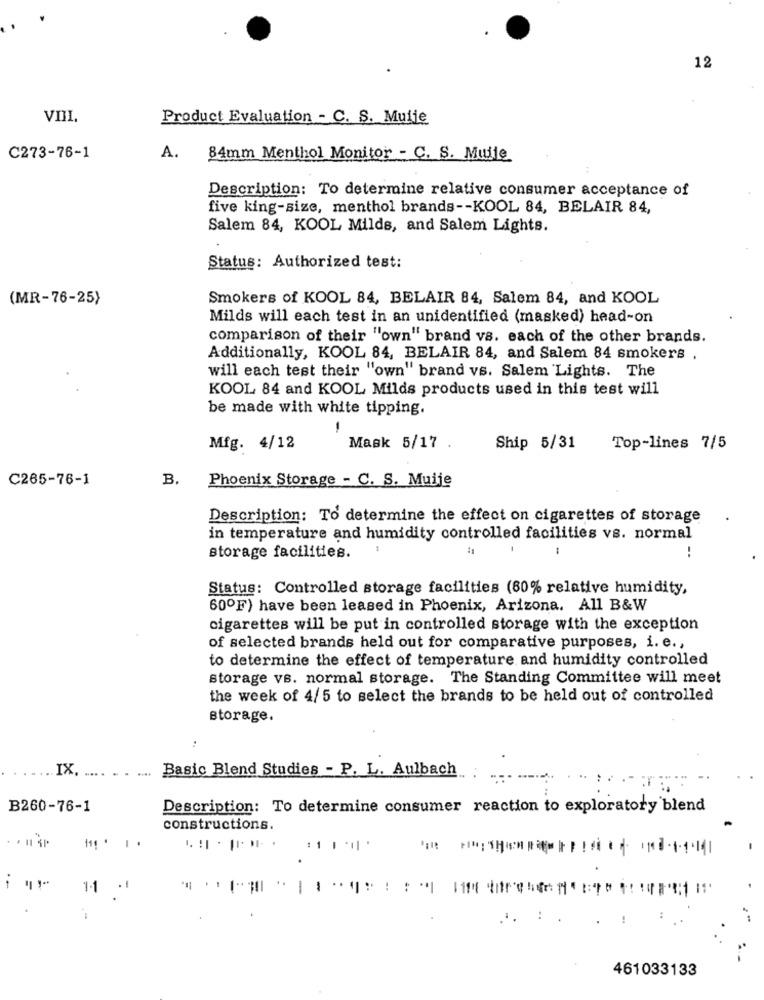
12
VIII.
Product Evaluation - C. S. Muije
C273-76-1
A.
84mm Menthol Monitor - C. S. Mulle
Description: To determine relative consumer acceptance of
five king-size, menthol brands -- KOOL 84, BELAIR 84,
Salem 84, KOOL Milds, and Salem Lights.
Status: Authorized test:
(MR-76-25)
Smokers of KOOL 84, BELAIR 84, Salem 84, and KOOL
Milds will each test in an unidentified (masked) head-on
comparison of their "own" brand vs. each of the other brands.
Additionally, KOOL 84, BELAIR 84, and Salem 84 smokers ,
will each test their "own" brand vs. Salem Lights. The
KOOL 84 and KOOL Milds products used in this test will
be made with white tipping.
-
Mfg. 4/12
Mask 5/17 .
Ship 5/31
Top-lines 7/5
C265-76-1
Phoenix Storage - C. S. Muije
B.
Description: To determine the effect on cigarettes of storage
in temperature and humidity controlled facilities vs. normal
storage facilities.
!
Status: Controlled storage facilities (80% relative humidity,
60ºF) have been leased in Phoenix, Arizona. All B&W
cigarettes will be put in controlled storage with the exception
of selected brands held out for comparative purposes, i. e .,
to determine the effect of temperature and humidity controlled
storage vs. normal storage. The Standing Committee will meet
the week of 4/5 to select the brands to be held out of controlled
storage.
:
... IX
Basic Blend Studies - P. L. Aulbach
.... ..
B260-76-1
Description: To determine consumer reaction to exploratory blend
constructions.
1-1
.
461033133